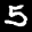
Label: 5